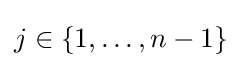
j\in \{1,\dots ,n-1\}